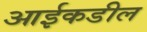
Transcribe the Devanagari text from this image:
आईकडील